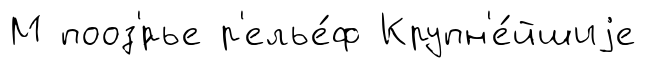
М пооз'́рье р'елье́ф Крупн'е́йшиjе